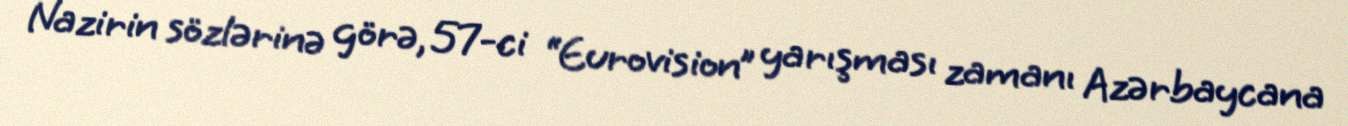
Nazirin sözlərinə görə, 57-ci “Eurovision” yarışması zamanı Azərbaycana